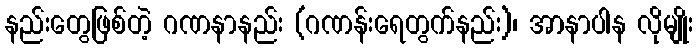
နည်းတွေဖြစ်တဲ့ ဂဏနာနည်း (ဂဏန်းရေတွက်နည်း)၊ အာနာပါန လိုမျိုး